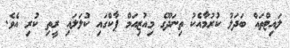
ލައިޓްތައް ބަދަލު ކުރުމާއެކު ތިނަދޫގެ މިއުޒިއަމް ޕާކްގައި ކުލަލައި ރީތި ކުރި އެވެ.